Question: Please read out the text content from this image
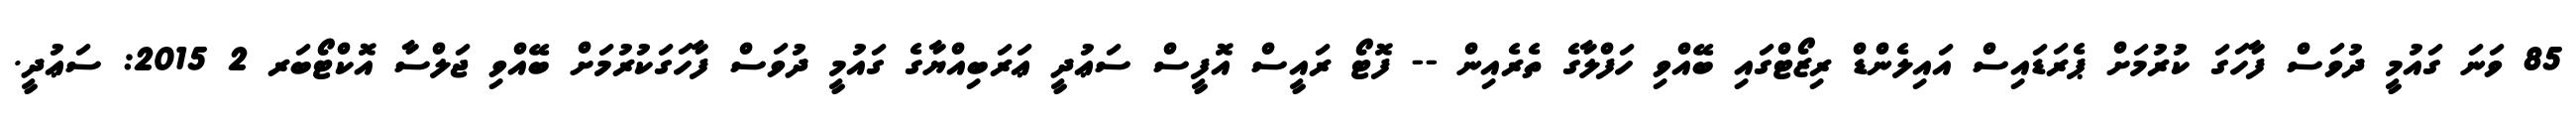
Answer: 85 ވަނަ ގައުމީ ދުވަސް ފާހަގަ ކުރުމަށް ޕެރަޑައިސް އައިލެންޑް ރިޒޯޓްގައި ބޭއްވި ހަފްލާގެ ތެރެއިން -- ފޮޓޯ ރައީސް އޮފީސް ސަޢުދީ ޢަރަބިއްޔާގެ ގައުމީ ދުވަސް ފާހަގަކުރުމަށް ބޭއްވި ޖަލްސާ އޮކްޓޯބަރ 2 2015: ސަޢުދީ.